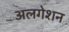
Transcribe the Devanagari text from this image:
अलगेशन